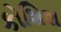
કોશિશ